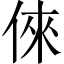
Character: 倈